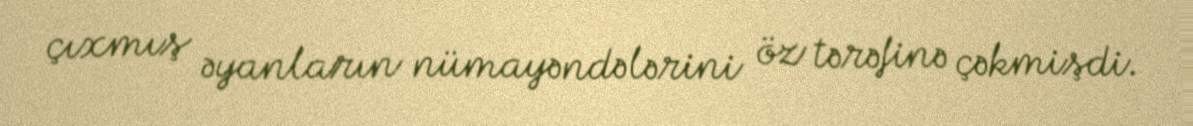
çıxmış əyanların nümayəndələrini öz tərəfinə çəkmişdi.